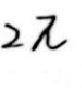
$2 \pi$